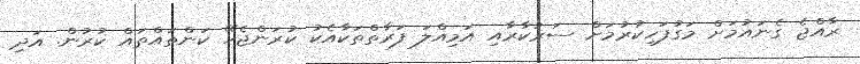
ރާއްޖެ ގެނައުމަށް މަގުފަހިކުރުމަށް ސަރުކާރާއި އަމިއްލަ ފަރާތްތަކާއެކު ކުރަންޖެހޭ ކަންތައްތައް ކުރުން. އަދި